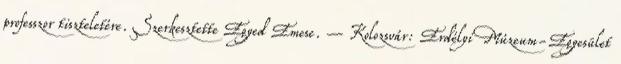
professzor tiszteletére. Szerkesztette Egyed Emese. – Kolozsvár: Erdélyi Múzeum-Egyesület